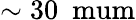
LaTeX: \sim 30~\mathrm{\ mum}